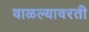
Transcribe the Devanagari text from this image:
वाळल्यावरती